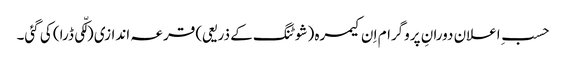
حسبِ اعلان دورانِ پروگرام اِ ن کیمرہ (شوٹنگ کے ذریعی) قرعہ اندازی (لکّی ڈرا) کی گئی۔